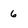
Character: 6